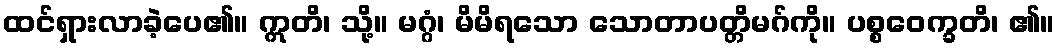
ထင်ရှားလာခဲ့ပေ၏။ ဣတိ၊ သို့။ မဂ္ဂံ၊ မိမိရသော သောတာပတ္တိမဂ်ကို။ ပစ္စဝေက္ခတိ၊ ၏။